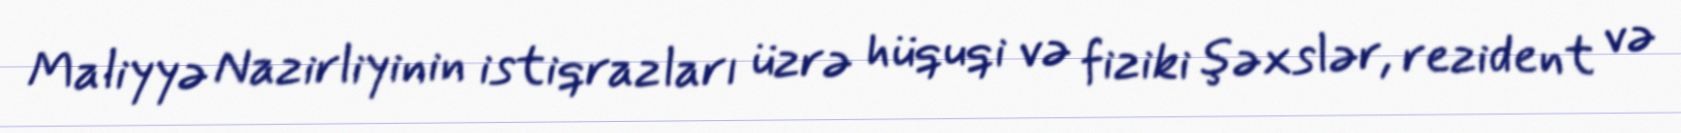
Maliyyə Nazirliyinin istiqrazları üzrə hüquqi və fiziki şəxslər, rezident və